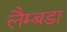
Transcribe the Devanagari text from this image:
लैम्बडा